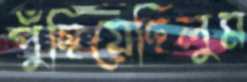
পুঁছিয়েছিলুম